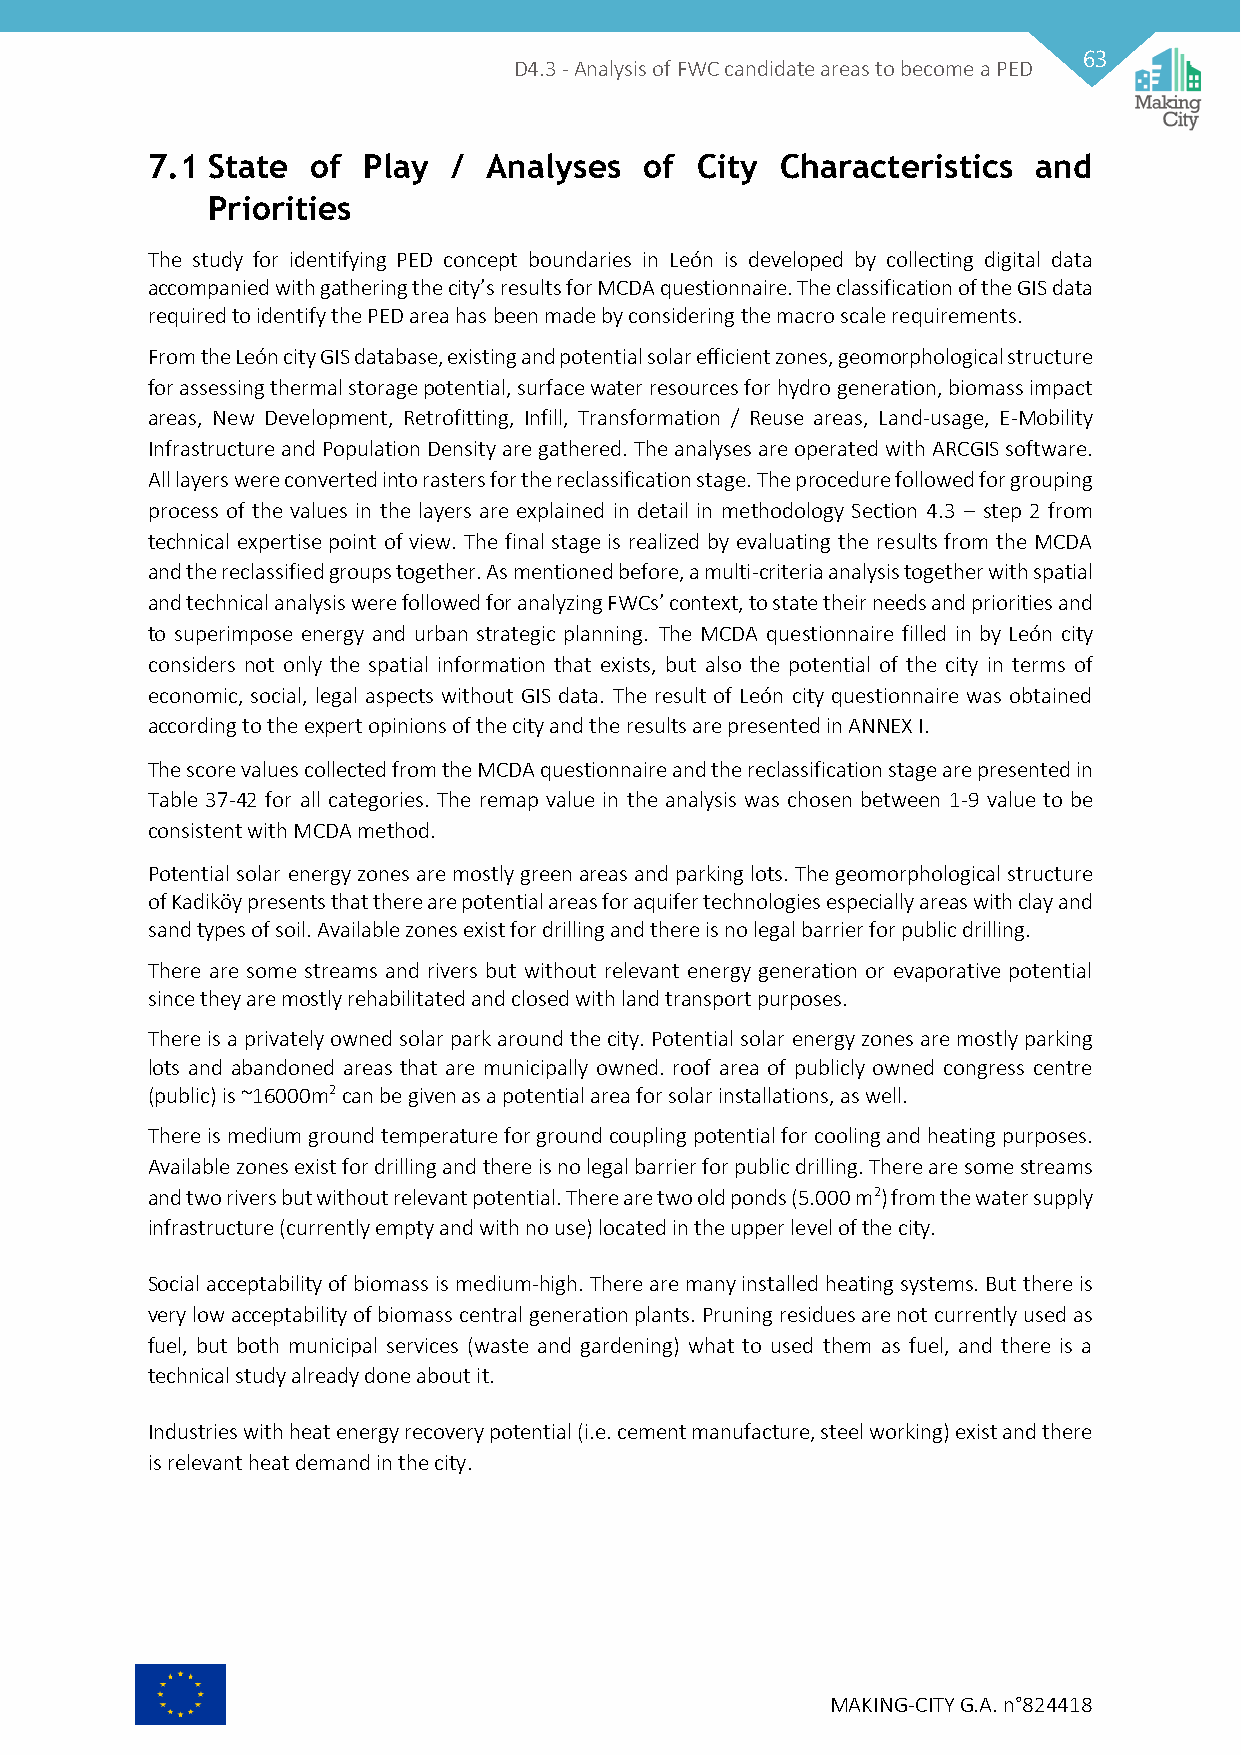
63
 D4.3 - Analysis of FWC candidate areas to become a PED
 7.1 State  of Play  / Analyses   of City  Characteristics  and
 Priorities
 The study for identifying PED concept boundaries in León is developed by collecting digital data
 accompanied with gathering the city’s results for MCDA questionnaire. The classification of the GIS data
 required to identify the PED area has been made by considering the macro scale requirements.
 From the León city GIS database, existing and potential solar efficient zones, geomorphological structure
 for assessing thermal storage potential, surface water resources for hydro generation, biomass impact
 areas, New Development, Retrofitting, Infill, Transformation / Reuse areas, Land-usage, E-Mobility
 Infrastructure and Population Density are gathered. The analyses are operated with ARCGIS software.
 All layers were converted into rasters for the reclassification stage. The procedure followed for grouping
 process of the values in the layers are explained in detail in methodology Section 4.3 – step 2 from
 technical expertise point of view. The final stage is realized by evaluating the results from the MCDA
 and the reclassified groups together. As mentioned before, a multi-criteria analysis together with spatial
 and technical analysis were followed for analyzing FWCs’ context, to state their needs and priorities and
 to superimpose energy and urban strategic planning. The MCDA questionnaire filled in by León city
 considers not only the spatial information that exists, but also the potential of the city in terms of
 economic, social, legal aspects without GIS data. The result of León city questionnaire was obtained
 according to the expert opinions of the city and the results are presented in ANNEX I.
 The score values collected from the MCDA questionnaire and the reclassification stage are presented in
 Table 37-42 for all categories. The remap value in the analysis was chosen between 1-9 value to be
 consistent with MCDA method.
 Potential solar energy zones are mostly green areas and parking lots. The geomorphological structure
 of Kadiköy presents that there are potential areas for aquifer technologies especially areas with clay and
 sand types of soil. Available zones exist for drilling and there is no legal barrier for public drilling.
 There are some streams and rivers but without relevant energy generation or evaporative potential
 since they are mostly rehabilitated and closed with land transport purposes.
 There is a privately owned solar park around the city. Potential solar energy zones are mostly parking
 lots and abandoned areas that are municipally owned. roof area of publicly owned congress centre
 (public) is ~16000m2 can be given as a potential area for solar installations, as well.
 There is medium ground temperature for ground coupling potential for cooling and heating purposes.
 Available zones exist for drilling and there is no legal barrier for public drilling. There are some streams
 and two rivers but without relevant potential. There are two old ponds (5.000 m2) from the water supply
 infrastructure (currently empty and with no use) located in the upper level of the city.
 Social acceptability of biomass is medium-high. There are many installed heating systems. But there is
 very low acceptability of biomass central generation plants. Pruning residues are not currently used as
 fuel, but both municipal services (waste and gardening) what to used them as fuel, and there is a
 technical study already done about it.
 Industries with heat energy recovery potential (i.e. cement manufacture, steel working) exist and there
 is relevant heat demand in the city.
 MAKING-CITY G.A. n°824418